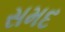
સમદ